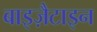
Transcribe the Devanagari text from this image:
बाइज़ैटाइन